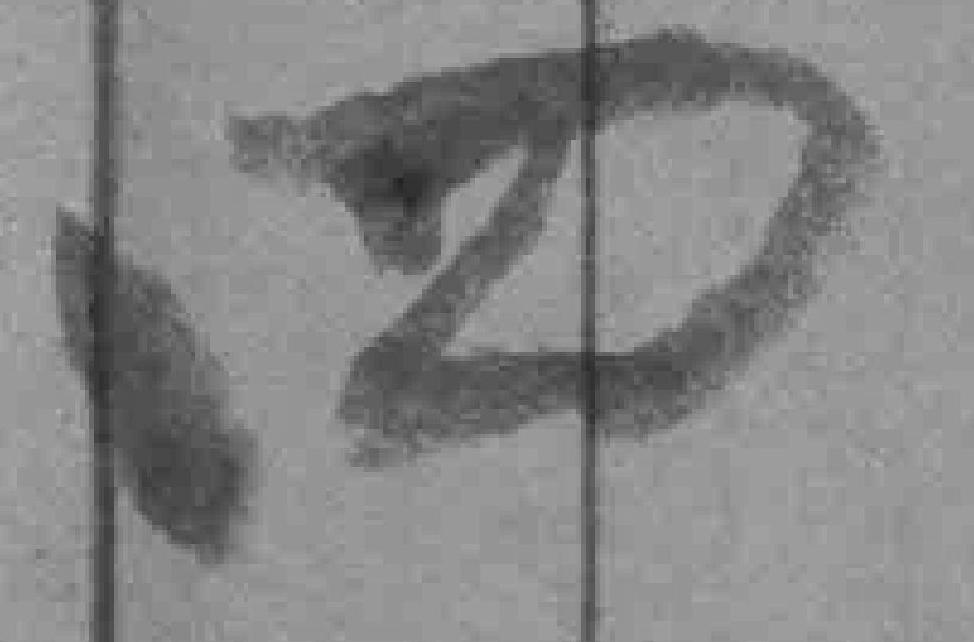
四